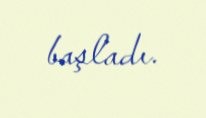
başladı.